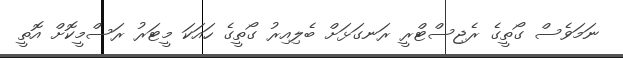
ނަމަވެސް ގޯތީގެ ރެޖިސްޓްރީ ރަނގަޅަށް ބެލިއިރު ގޯތީގެ ހައަކަ މީޓަރު ރަސްމީކޮށް އޮތީ